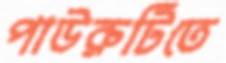
পাউরুটিতে